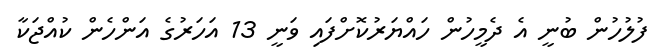
ފުލުހުން ބުނީ އެ ދެމީހުން ހައްޔަރުކޮށްފައި ވަނީ 13 އަހަރުގެ އަންހެން ކުއްޖަކާ